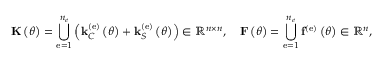
{ \bf K } \left( \theta \right) = \bigcup _ { \mathrm { e } = 1 } ^ { n _ { e } } \left( { \bf k } _ { C } ^ { \left( \mathrm { e } \right) } \left( \theta \right) + { \bf k } _ { S } ^ { \left( \mathrm { e } \right) } \left( \theta \right) \right) \in \mathbb { R } ^ { n \times n } , \quad { \bf F } \left( \theta \right) = \bigcup _ { \mathrm { e } = 1 } ^ { n _ { e } } { \bf f } ^ { \left( \mathrm { e } \right) } \left( \theta \right) \in \mathbb { R } ^ { n } ,